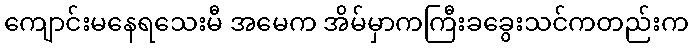
ကျောင်းမနေရသေးမီ အမေက အိမ်မှာကကြီးခခွေးသင်ကတည်းက